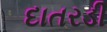
દાતરડી